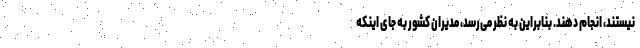
نیستند، انجام دهند. بنابراین به نظر می‌رسد، مدیران کشور به جای اینکه